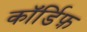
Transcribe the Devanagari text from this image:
कॉर्डिफ़